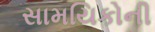
સામયિકોની